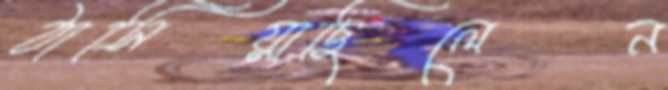
ঠাসিয়াছিলেন